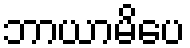
ဘာယာမိပေ